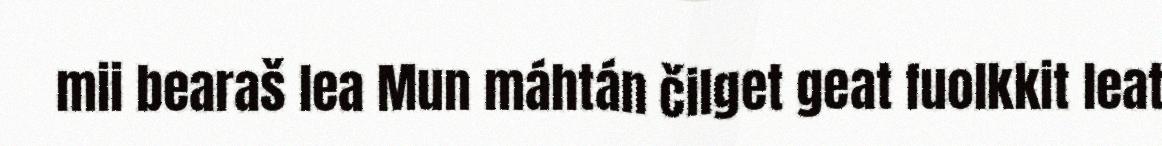
mii bearaš lea Mun máhtán čilget geat fuolkkit leat